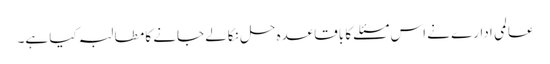
عالمی ادارے نے اس مسئلے کا باقاعدہ حل نکالے جانے کا مطالبہ کیا ہے۔